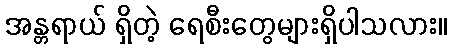
အန္တရာယ် ရှိတဲ့ ရေစီးတွေများရှိပါသလား။